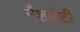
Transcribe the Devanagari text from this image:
नैशावैटी